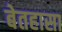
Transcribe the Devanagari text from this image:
बेतहासा